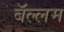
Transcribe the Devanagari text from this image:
बॅल्लम